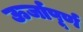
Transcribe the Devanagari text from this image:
ऊर्जापूर्ण